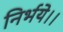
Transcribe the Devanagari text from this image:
निर्भये।।